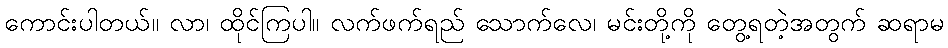
ကောင်းပါတယ်။ လာ၊ ထိုင်ကြပါ။ လက်ဖက်ရည် သောက်လေ၊ မင်းတို့ကို တွေ့ရတဲ့အတွက် ဆရာမ